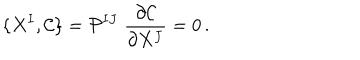
LaTeX: \{ X ^ { I } , \mathcal { C } \} = \mathcal { P } ^ { I J } \; \frac { \partial \mathcal { C } } { \partial X ^ { J } } = 0 \, .